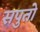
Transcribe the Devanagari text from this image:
सपुतो